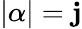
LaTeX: |\alpha|=\mathbf{j}